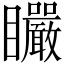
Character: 𥍓